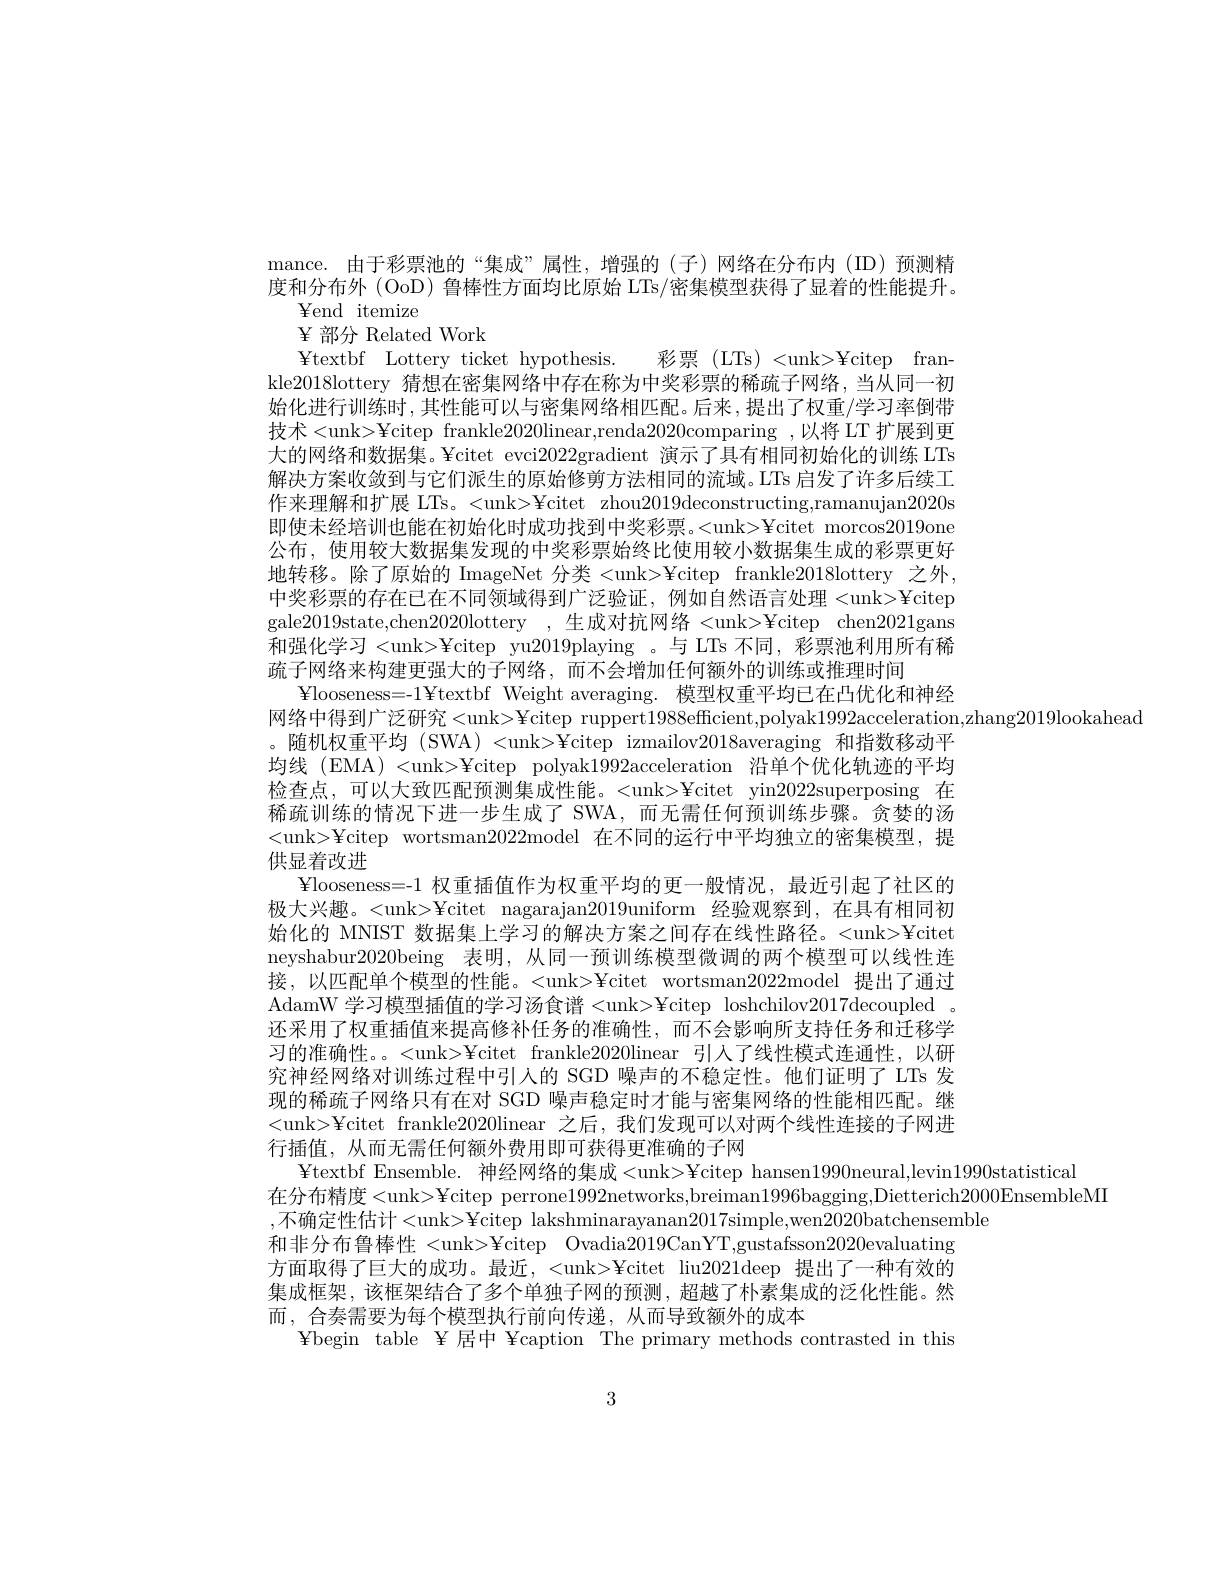
mance. 由于彩票池的“集成”属性，增强的(子)网络在分布内(ID)预测精度和分布外 (OoD) 鲁棒性方面均比原始 LTs/密集模型获得了显着的性能提升。
${\mathrm{Yend}}$ ${\mathrm{itemize}}$
$\Psi$部分 Related Work
¥ textbf Lottery ticket hypothesis. 彩票(LTs)<unk>¥citep frankle2018lottery 猜想在密集网络中存在称为中奖彩票的稀疏子网络，当从同一初始化进行训练时，其性能可以与密集网络相匹配。后来，提出了权重/学习率倒带技术<unk>¥citep frankle2020linear,renda2020comparing ,以将LT 扩展到更大的网络和数据集。¥citet evci2022gradient 演示了具有相同初始化的训练 LTs 解决方案收敛到与它们派生的原始修剪方法相同的流域。LTs 启发了许多后续工作来理解和扩展 LTs。<unk>¥citet zhou2019deconstructing,ramanujan2020s 即使未经培训也能在初始化时成功找到中奖彩票。<unk>¥citet morcos2019one 公布，使用较大数据集发现的中奖彩票始终比使用较小数据集生成的彩票更好地转移。除了原始的 ImageNet 分类 <unk>¥citep frankle2018lottery 之外中奖彩票的存在已在不同领域得到广泛验证，例如自然语言处理 <unk>¥citep gale2019state,chen2020lottery ,生成对抗网络 <unk>¥citep chen2021gans 和强化学习 <unk>¥citep yu2019playing 。与 LTs 不同，彩票池利用所有稀疏子网络来构建更强大的子网络，而不会增加任何额外的训练或推理时间
Ylooseness= - 1¥ textbf Weight averaging. 模型权重平均已在凸优化和神经
网络中得到广泛研究<unk>¥citep ruppert1988efficient,polyak1992acceleration,zhang2019lookahead
。随机权重平均 (SWA) <unk>¥citep izmailov2018averaging 和指数移动平均线 (EMA) <unk>¥citep polyak1992acceleration 沿单个优化轨迹的平均检查点，可以大致匹配预测集成性能。<unk>¥citet yin2022superposing 在稀疏训练的情况下进一步生成了 SWA,而无需任何预训练步骤。贪婪的汤<unk>¥citep wortsman2022model在不同的运行中平均独立的密集模型，提供显着改进
Ylooseness= - 1 权重插值作为权重平均的更一般情况，最近引起了社区的极大兴趣。<unk>¥citet nagarajan2019uniform 经验观察到，在具有相同初始化的 MNIST 数据集上学习的解决方案之间存在线性路径。<unk>¥citet neyshabur2020being 表明，从同一预训练模型微调的两个模型可以线性连接，以匹配单个模型的性能。<unk>¥citet wortsman2022model提出了通过AdamW 学习模型插值的学习汤食谱 <unk>¥citep loshchilov2017decoupled 。还采用了权重插值来提高修补任务的准确性，而不会影响所支持任务和迁移学习的准确性。。<unk>¥citet frankle2020linear 引人了线性模式连通性，以研究神经网络对训练过程中引入的 SGD 噪声的不稳定性。他们证明了 LTs 发现的稀疏子网络只有在对 SGD 噪声稳定时才能与密集网络的性能相匹配。继<unk>¥citet frankle2020linear 之后，我们发现可以对两个线性连接的子网进行插值，从而无需任何额外费用即可获得更准确的子网
¥ textbf Ensemble. 神经网络的集成<unk>¥citep hansen1990neural,levin1990statistical
在分布精度<unk>¥citep perrone1992networks,breiman1996bagging,Dietterich2000EnsembleMI
,不确定性估计<unk>¥citep lakshminarayanan2017simple,wen2020batchensemble
和非分布鲁棒性 <unk>¥citep Ovadia2019CanYT,gustafsson2020evaluating 方面取得了巨大的成功。最近，<unk>¥citet liu2021deep 提出了一种有效的集成框架，该框架结合了多个单独子网的预测，超越了朴素集成的泛化性能。然而，合奏需要为每个模型执行前向传递，从而导致额外的成本
Ybegin table Y 居中 ¥caption The primary methods contrasted in this

3